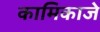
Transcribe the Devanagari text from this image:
कामिकाजे